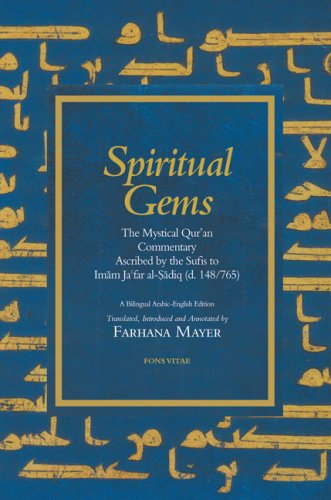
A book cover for Spiritual Gems: The Mystical Qur'an Commentary Ascribed by the Sufis to Imam Ja'far al-Sadiq (d. 148/765) (The Fons Vitae Qur'anic Commentary Series); Ja'far al-Sadiq; Religion & Spirituality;